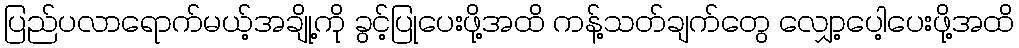
ပြည်ပလာရောက်မယ့်အချို့ကို ခွင့်ပြုပေးဖို့အထိ ကန့်သတ်ချက်တွေ လျှော့ပေါ့ပေးဖို့အထိ